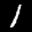
Label: 1